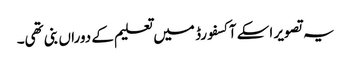
یہ تصویر اسکے آکسفورڈ میں تعلیم کے دوراں بنی تھی۔